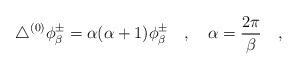
LaTeX: \begin{align*}\triangle^{(0)}\phi_\beta^{\pm}=\alpha(\alpha+1)\phi_\beta^{\pm}~~~,~~ ~\alpha={2\pi \over \beta}~~~,\end{align*}